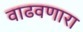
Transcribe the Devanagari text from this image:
वाढवणारा